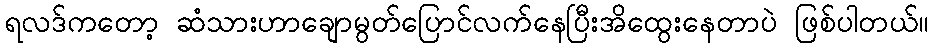
ရလဒ်ကတော့ ဆံသားဟာချောမွတ်ပြောင်လက်နေပြီးအိထွေးနေတာပဲ ဖြစ်ပါတယ်။